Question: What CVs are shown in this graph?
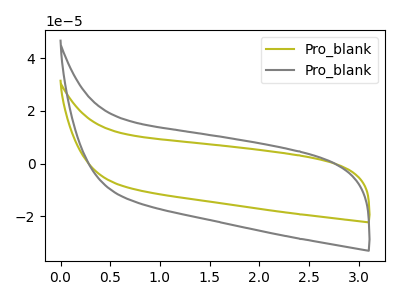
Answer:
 <answer>The olive curve is labeled "Pro_blank1". The gray curve is labeled "Pro_blank2".</answer>
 <eval></eval>